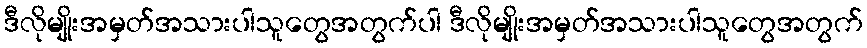
ဒီလိုမျိုးအမှတ်အသားပါသူတွေအတွက်ပါ ဒီလိုမျိုးအမှတ်အသားပါသူတွေအတွက်